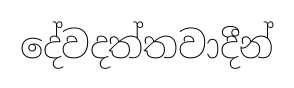
දේවදත්තවාදීන්